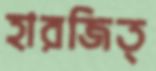
হারজিত্